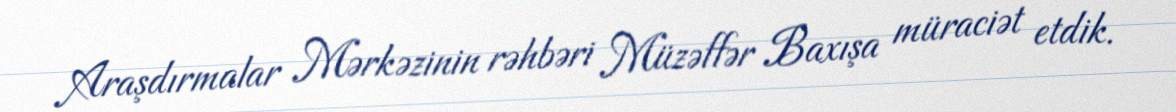
Araşdırmalar Mərkəzinin rəhbəri Müzəffər Baxışa müraciət etdik.